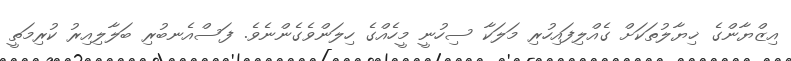
އިޒްޔާންގެ ޚިޔާލުތަކަށް ގެއްލިފައިހުރި މަލަކާ ސިހުނީ މީހެއްގެ ހިލަންވެގެންނެވެ. ފަސްއެނބުރި ބަލާލިއިރު ކުރިމަތީ